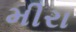
મીરા